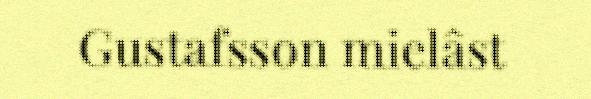
Gustafsson mielâst